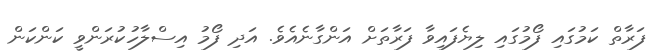
ފަރާތް ކަމުގައި ފޯމުގައި ލިޔެފައިވާ ފަރާތަށް އަންގާނެއެވެ. އަދި ފޯމު އިސްލާހުކުރަންވީ ކަންކަން